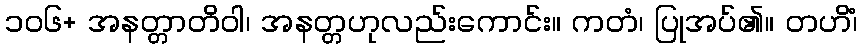
၁၀၆+ အနတ္တာတိဝါ၊ အနတ္တဟုလည်းကောင်း။ ကတံ၊ ပြုအပ်၏။ တဟိံ၊